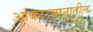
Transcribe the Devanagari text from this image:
आकारमानातील